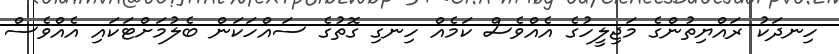
ހިނދަކު ރައްޔިތުންގެ މަޖިލީހުގެ އެއްވެސް ކަމެއް ހިނގި ގޮތުގެ ސައްހަކަން ބެލުމަށްޓަކައި އެއްވެސް